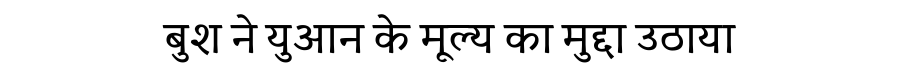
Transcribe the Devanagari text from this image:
बुश ने युआन के मूल्य का मुद्दा उठाया